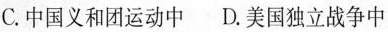
C.中国义和团运动中 D.美国独立战争中